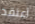
أعتقد